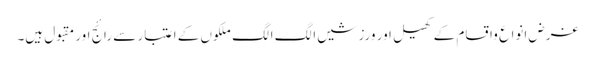
غرض انواع واقسام کے کھیل اور ورزشیں الگ الگ ملکوں کے اعتبار سے رائج اور مقبول ہیں۔